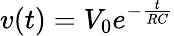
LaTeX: v(t)=V_{0}e^{-\frac{t}{RC}}